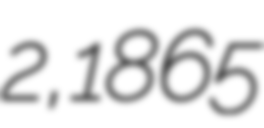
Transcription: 2, 1865